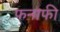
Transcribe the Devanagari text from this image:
फनाफी